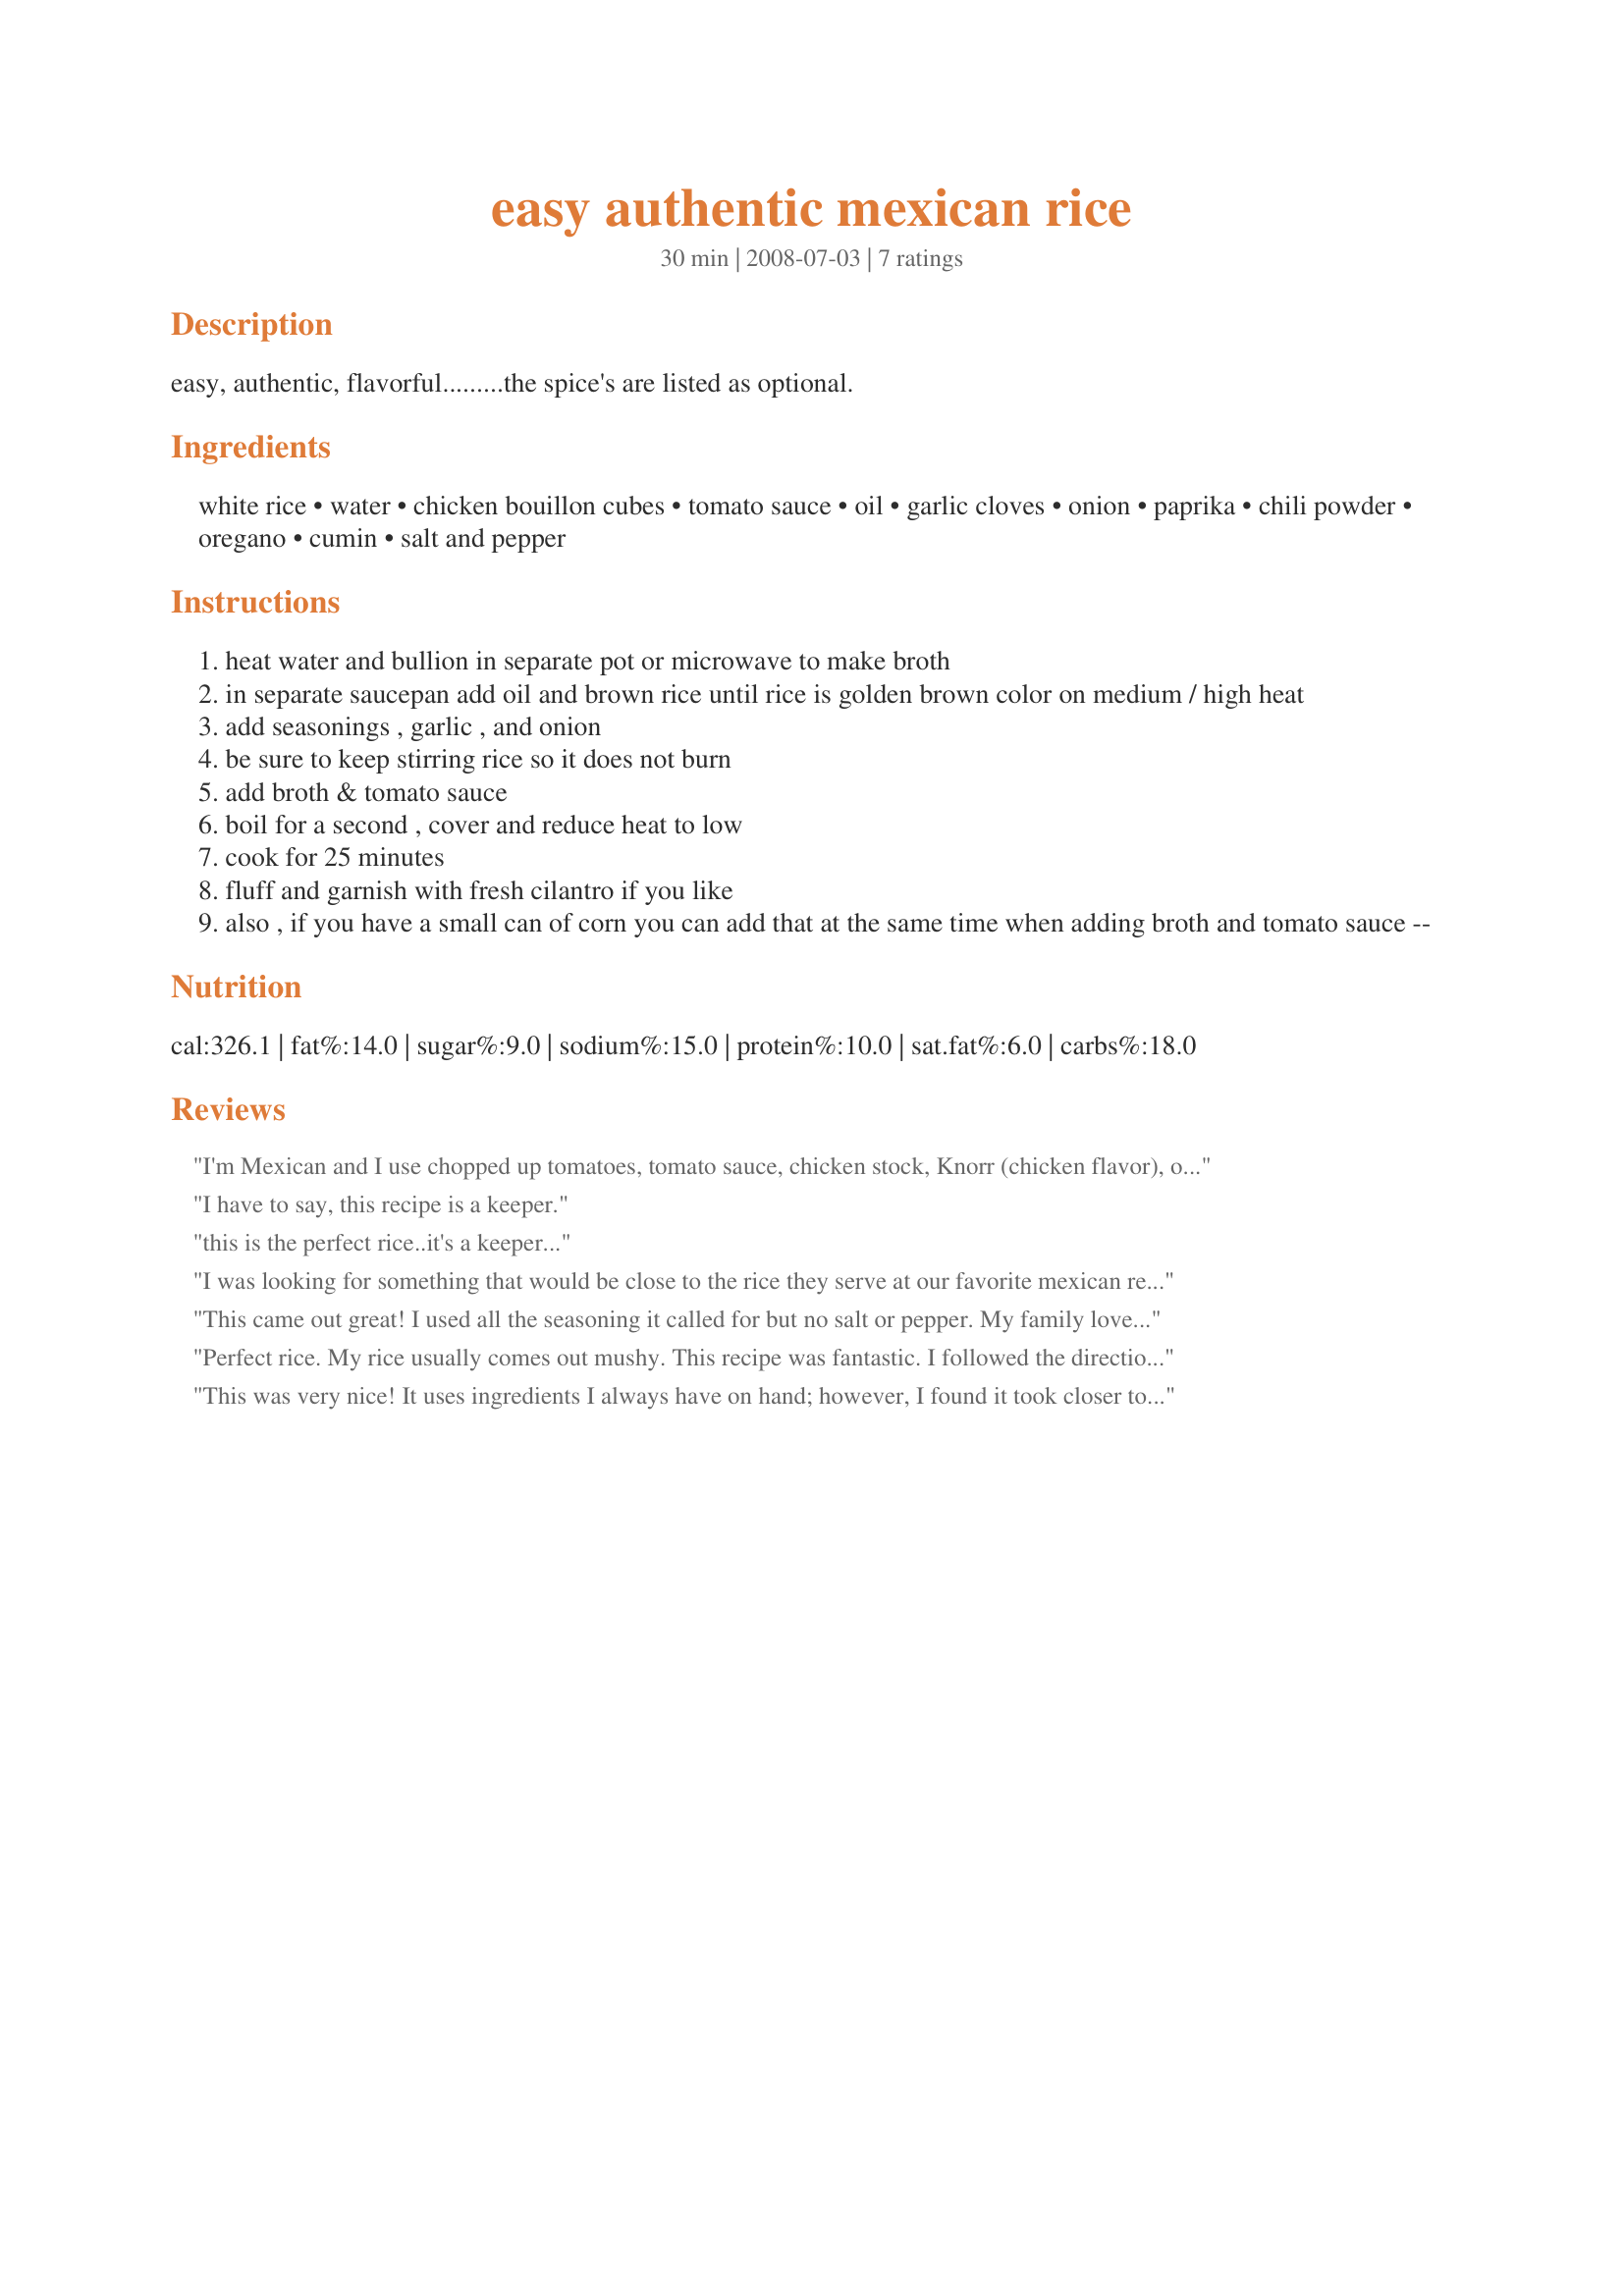
easy authentic mexican rice
Preparation time: 30 minutes

easy, authentic, flavorful.........the spice's are listed as optional.

Ingredients:
white rice, water, chicken bouillon cubes, tomato sauce, oil, garlic cloves, onion, paprika, chili powder, oregano, cumin, salt and pepper

Steps:
heat water and bullion in separate pot or microwave to make broth
in separate saucepan add oil and brown rice until rice is golden brown color on medium / high heat
add seasonings , garlic , and onion
be sure to keep stirring rice so it does not burn
add broth & tomato sauce
boil for a second , cover and reduce heat to low
cook for 25 minutes
fluff and garnish with fresh cilantro if you like
also , if you have a small can of corn you can add that at the same time when adding broth and tomato sauce --

Reviews:
I'm Mexican and I use chopped up tomatoes, tomato sauce, chicken stock, Knorr (chicken flavor), onion, salt, garlic (bc I love it, and of course rice. I don't add cumin but some people do. My mother in law is from the state of Michoacan and she doesn't use it. I guess it depends which state in Mexico you are from. Every state in Mexico cooks food differently. Same food but different ingredients. Sometimes they will make food that other states in Mexico never heard of. It's amazing to try new foods in Mexico. I even eat Chinese and Japanese food cooked by Chinese and Japanese people speaking fluent Spanish. It's super cool. Anyway, Mexicans in Mexico mostly eat white rice with diced carrots and corn (and butter/chicken stock). They hardly eat Mexican red rice believe it or not. Both are good regardless :)
I have to say, this recipe is a keeper.
this is the perfect rice..it's a keeper...
I was looking for something that would be close to the rice they serve at our favorite mexican restaurant, which is better than any other rice we've had, and this is it. It was so good we fought over the leftovers!
This came out great! I used all the seasoning it called for but no salt or pepper. My family loved it and it was pretty simple. It did take a little longer than called for though. I think it needed to simmer about 30min. Definitely will make again. I will also mention I'm not the most experienced cook and this really did taste like it came from a good restaurant.
Perfect rice. My rice usually comes out mushy. This recipe was fantastic. I followed the directions exactly and had fluffy rice. I added chicken and sliced green bellpepper and the family ate it up!
This was very nice! It uses ingredients I always have on hand; however, I found it took closer to 45 minutes to make. I used a large, non-stick skillet. Just browning the 2 cups of rice at medium-high heat so as not to burn took almost 15 minutes. For the bouillon, I used Goya Jamon (Ham) boullion. I brought 3 cups of water to boil in a tea kettle, then poured that into a large glass Pyrex measuring cup to make the bouillon. I also used ALL the optional spices, which gave the rice a wonderful fragrance and very nice flavor. This yields, I would say, more like 8 to 10 servings as a side dish. Made for PAC Fall 2008. Thanks for a very tasty recipe, Chef Mandy in Newport Beach!
